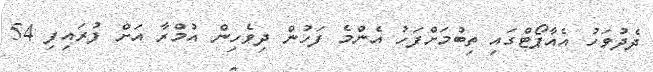
ދެދުވަހު އެއާޕޯޓްގައި ތިބުމަށްފަހު އެންމެ ފަހުން ދިވެހިން އުމްރާ އަށް ފުރައިފި 54